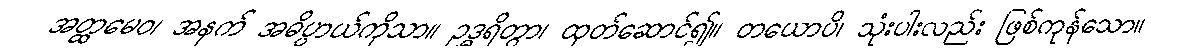
အတ္ထမေဝ၊ အနက် အဓိပ္ပာယ်ကိုသာ။ ဥဒ္ဓရိတွာ၊ ထုတ်ဆောင်၍။ တယောပိ၊ သုံးပါးလည်း ဖြစ်ကုန်သော။